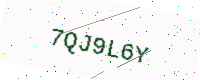
Text: 7QJ9L6Y